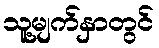
သူ့မျက်နှာတွင်